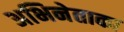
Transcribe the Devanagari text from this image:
अभिनेताका